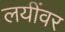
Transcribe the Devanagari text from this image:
लयींवर